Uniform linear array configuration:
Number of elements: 24
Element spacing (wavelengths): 0.5
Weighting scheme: binomial
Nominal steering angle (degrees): -30
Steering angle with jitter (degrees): -31.036
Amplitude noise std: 0.05
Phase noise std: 0.05

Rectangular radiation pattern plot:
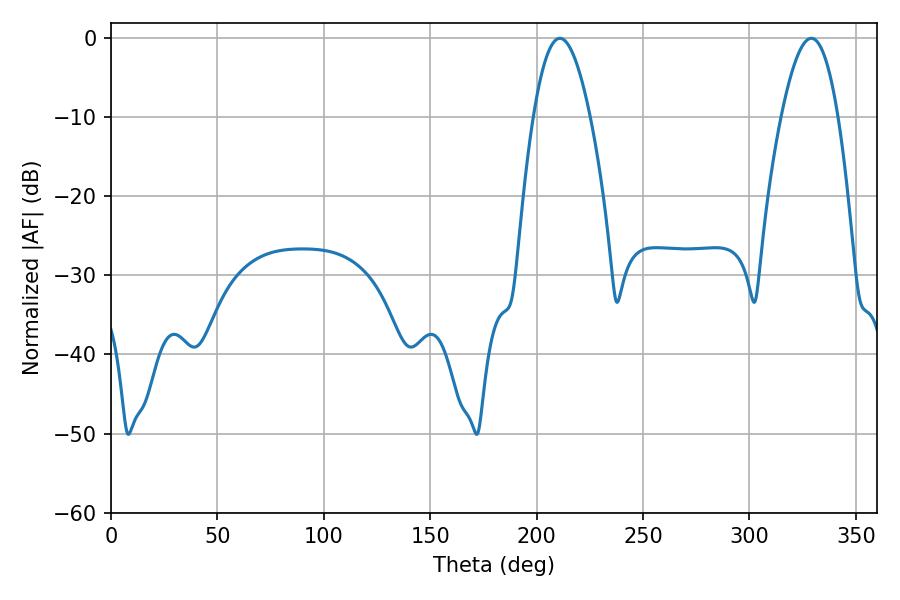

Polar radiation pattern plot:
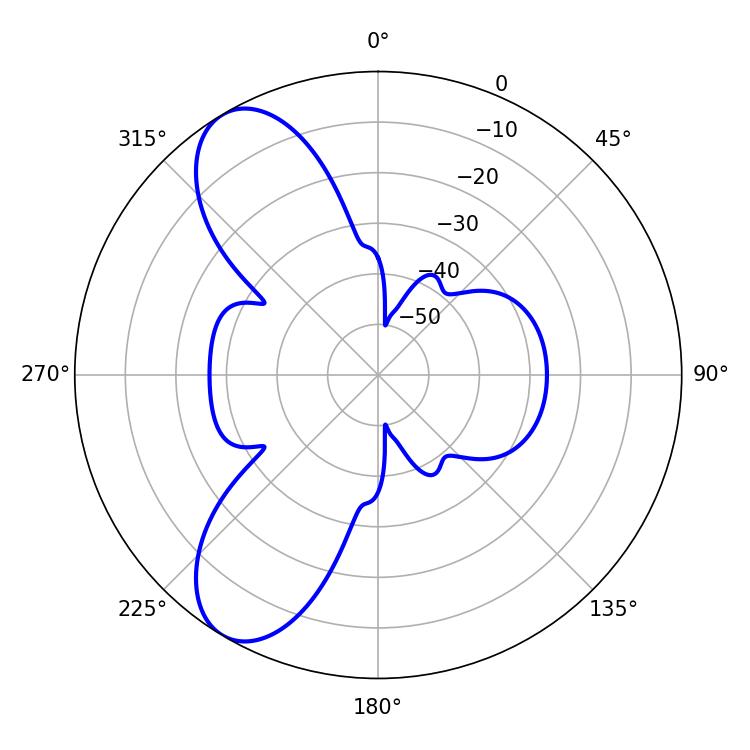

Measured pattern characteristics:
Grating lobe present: FALSE
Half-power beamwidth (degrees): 14.58
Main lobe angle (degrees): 210.96